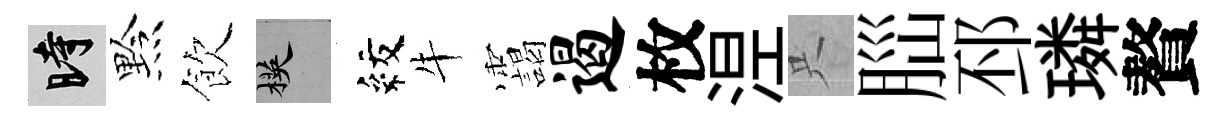
时黔飲楧紋牛靄遏枚𣵀只𦛁邳璘贅